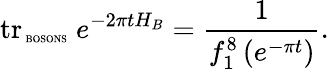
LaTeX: \mathrm{tr}_{\mathrm{\tiny~BOSONS}}\; e^{-2\pi tH_{B}}=\frac{1}{f_{1}^{8}\left(e^{-\pi t}\right)}.